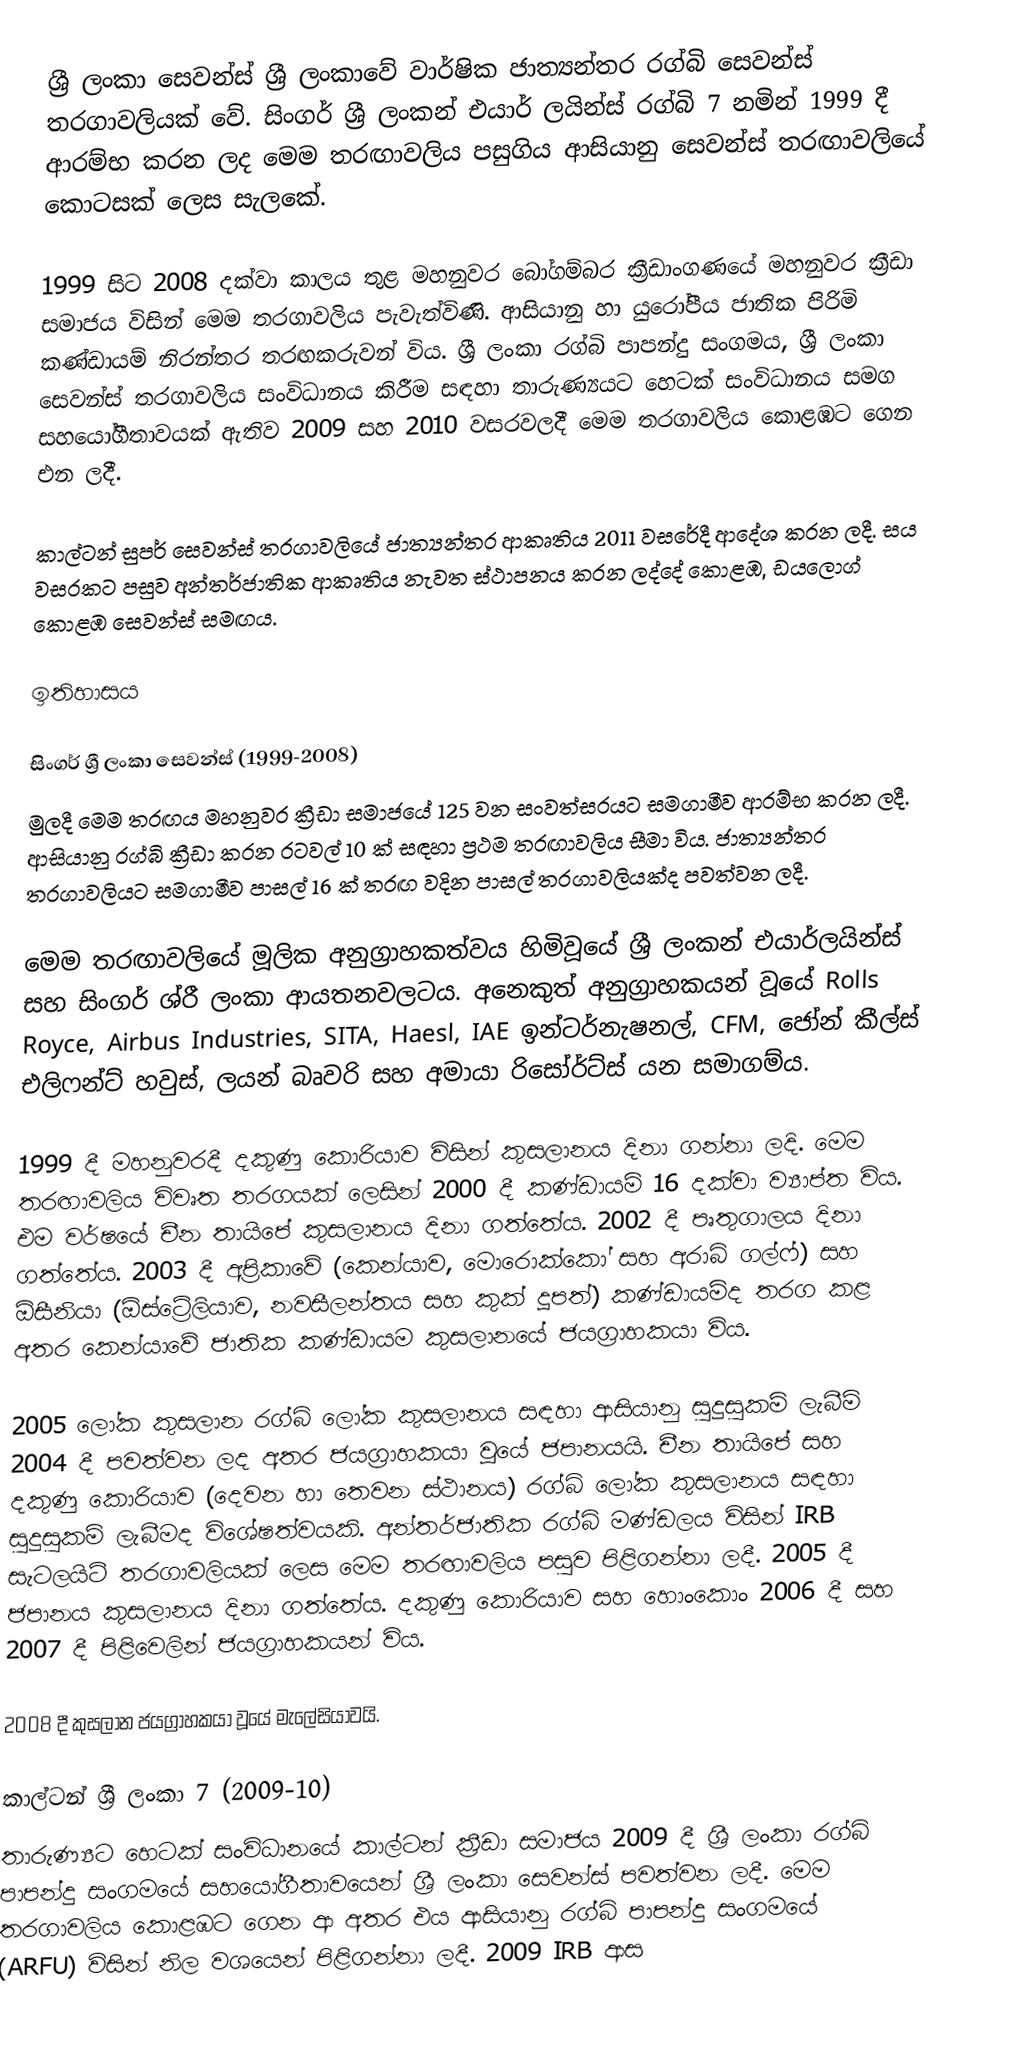
ශ්‍රී ලංකා සෙවන්ස් ශ්‍රී ලංකාවේ වාර්ෂික ජාත්‍යන්තර රග්බි සෙවන්ස් තරගාවලියක් වේ. සිංගර් ශ්‍රී ලංකන් එයාර් ලයින්ස් රග්බි 7 නමින් 1999 දී ආරම්භ කරන ලද මෙම තරඟාවලිය පසුගිය ආසියානු සෙවන්ස් තරඟාවලියේ කොටසක් ලෙස සැලකේ.

1999 සිට 2008 දක්වා කාලය තුළ මහනුවර බෝගම්බර ක්‍රීඩාංගණයේ මහනුවර ක්‍රීඩා  සමාජය විසින් මෙම තරගාවලිය පැවැත්විණි. ආසියානු හා යුරෝපීය ජාතික පිරිමි කණ්ඩායම් නිරන්තර තරඟකරුවන් විය. ශ්‍රී ලංකා රග්බි පාපන්දු සංගමය, ශ්‍රී ලංකා සෙවන්ස් තරගාවලිය සංවිධානය කිරීම සඳහා තාරුණ්‍යයට හෙටක් සංවිධානය සමග සහයෝගීතාවයක් ඇතිව 2009 සහ 2010 වසරවලදී මෙම තරගාවලිය කොළඹට ගෙන එන ලදී.

කාල්ටන් සුපර් සෙවන්ස් තරගාවලියේ ජාත්‍යන්තර ආකෘතිය  2011 වසරේදී ආදේශ කරන ලදී. සය වසරකට පසුව අන්තර්ජාතික ආකෘතිය නැවත ස්ථාපනය කරන ලද්දේ කොළඹ, ඩයලොග් කොළඹ සෙවන්ස් සමඟය.

ඉතිහාසය

සිංගර් ශ්‍රී ලංකා සෙවන්ස් (1999-2008)
මුලදී මෙම තරඟය මහනුවර ක්‍රීඩා සමාජයේ 125 වන සංවත්සරයට සමගාමීව ආරම්භ කරන ලදී. ආසියානු රග්බි ක්‍රීඩා කරන රටවල් 10 ක් සඳහා ප්‍රථම තරඟාවලිය සීමා විය. ජාත්‍යන්තර තරගාවලියට සමගාමීව පාසල් 16 ක් තරඟ වදින පාසල් තරගාවලියක්ද පවත්වන ලදී.

මෙම තරඟාවලියේ මූලික අනුග්‍රාහකත්වය හිමිවූයේ ශ්‍රී ලංකන් එයාර්ලයින්ස් සහ සිංගර් ශ්රී ලංකා ආයතනවලටය. අනෙකුත් අනුග්‍රාහකයන් වූයේ Rolls Royce, Airbus Industries, SITA, Haesl, IAE ඉන්ටර්නැෂනල්, CFM, ජෝන් කීල්ස් එලිෆන්ට් හවුස්, ලයන් බෘවරි සහ අමායා රිසෝර්ට්ස් යන සමාගම්ය.

1999 දී මහනුවරදී දකුණු කොරියාව විසින් කුසලානය දිනා ගන්නා ලදි. මෙම තරඟාවලිය විවෘත තරගයක් ලෙසින් 2000 දී කණ්ඩායම් 16 දක්වා ව්‍යාප්ත විය. එම වර්ෂයේ චීන තායිපේ කුසලානය දිනා ගත්තේය. 2002 දී පෘතුගාලය දිනා ගත්තේය. 2003 දී අප්‍රිකාවේ (කෙන්යාව, මොරොක්කෝ සහ අරාබි ගල්ෆ්) සහ ඕසීනියා (ඕස්ට්‍රේලියාව, නවසීලන්තය සහ කුක් දූපත්) කණ්ඩායම්ද තරග කළ අතර කෙන්යාවේ ජාතික කණ්ඩායම කුසලානයේ ජයග්‍රාහකයා විය.

2005 ලෝක කුසලාන රග්බි ලෝක කුසලානය සඳහා ආසියානු සුදුසුකම් ලැබීම් 2004 දී පවත්වන ලද අතර ජයග්‍රාහකයා වූයේ ජපානයයි. චීන තායිපේ සහ දකුණු කොරියාව (දෙවන හා තෙවන ස්ථානය) රග්බි ලෝක කුසලානය සඳහා සුදුසුකම් ලැබීමද විශේෂත්වයකි. අන්තර්ජාතික රග්බි මණ්ඩලය විසින් IRB සැටලයිට් තරගාවලියක් ලෙස මෙම තරඟාවලිය පසුව පිළිගන්නා ලදී. 2005 දී ජපානය කුසලානය දිනා ගත්තේය. දකුණු කොරියාව සහ හොංකොං 2006 දී සහ 2007 දී පිළිවෙලින් ජයග්‍රාහකයන් විය.

 2008 දී කුසලාන ජයග්‍රාහකයා වූයේ මැලේසියාවයි.

කාල්ටන් ශ්‍රී ලංකා 7 (2009-10)
තාරුණ්‍යට හෙටක් සංවිධානයේ කාල්ටන් ක්‍රීඩා සමාජය 2009 දී ශ්‍රී ලංකා රග්බි පාපන්දු සංගමයේ සහයෝගීතාවයෙන් ශ්‍රී ලංකා සෙවන්ස් පවත්වන ලදී. මෙම තරගාවලිය කොළඹට ගෙන ආ අතර එය ආසියානු රග්බි පාපන්දු සංගමයේ (ARFU) විසින් නිල වශයෙන් පිළිගන්නා ලදී. 2009 IRB ආස